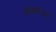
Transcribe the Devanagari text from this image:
अपेक्षांपेक्षा